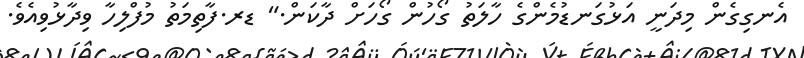
އެނގިގެން މިދަނީ އަޅުގަނޑުމެންގެ ހާލަތު ގޯހުން ގޯހަށް ދާކަން." ޑރ.ފާތިމަތު މުފްލިހާ ވިދާޅުވިއެވެ.